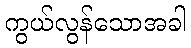
ကွယ်လွန်သောအခါ